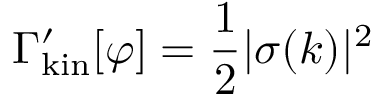
\Gamma _ { \mathrm { k i n } } ^ { \prime } [ \varphi ] = { \frac { 1 } { 2 } } | \sigma ( k ) | ^ { 2 }